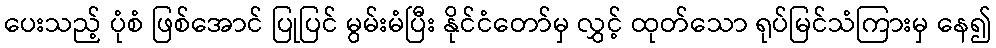
ပေးသည့် ပုံစံ ဖြစ်အောင် ပြုပြင် မွမ်းမံပြီး နိုင်ငံတော်မှ လွှင့် ထုတ်သော ရုပ်မြင်သံကြားမှ နေ၍